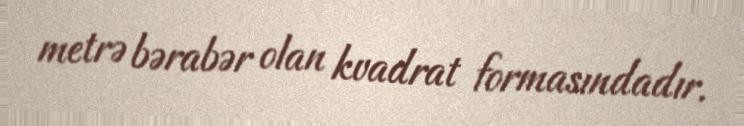
metrə bərabər olan kvadrat formasındadır.